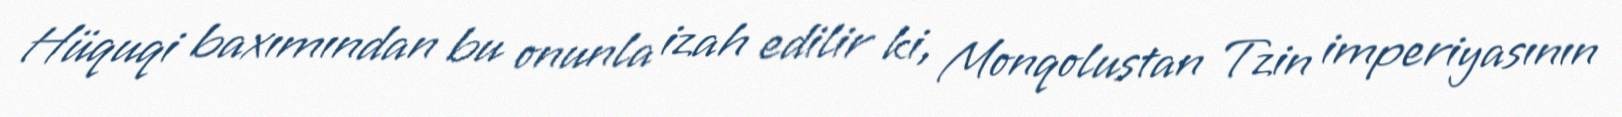
Hüquqi baxımından bu onunla izah edilir ki, Monqolustan Tzin imperiyasının